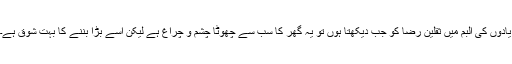
یادوں کی البم میں ثقلین رضا کو جب دیکھتا ہوں تو یہ گھر کا سب سے چھوٹا چشم و چراغ ہے لیکن اسے بڑا بننے کا بہت شوق ہے۔